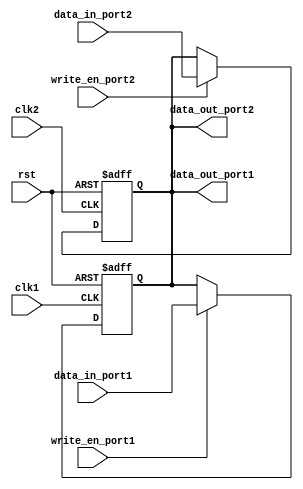
module dual_port_bypass_register (
    input wire clk1, // Clock for port 1
    input wire clk2, // Clock for port 2
    input wire rst, // Reset signal
    
    input wire [31:0] data_in_port1, // Input data for port 1
    input wire [31:0] data_in_port2, // Input data for port 2
    input wire write_en_port1, // Write enable signal for port 1
    input wire write_en_port2, // Write enable signal for port 2
    output reg [31:0] data_out_port1, // Output data for port 1
    output reg [31:0] data_out_port2 // Output data for port 2
);

reg [31:0] reg_data;

always @ (posedge clk1 or posedge rst) begin
    if (rst) begin
        reg_data <= 32'h0;
    end else begin
        if (write_en_port1) begin
            reg_data <= data_in_port1;
        end
    end
end

always @ (posedge clk2 or posedge rst) begin
    if (rst) begin
        reg_data <= 32'h0;
    end else begin
        if (write_en_port2) begin
            reg_data <= data_in_port2;
        end
    end
end

assign data_out_port1 = reg_data;
assign data_out_port2 = reg_data;

endmodule